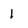
Character: 1